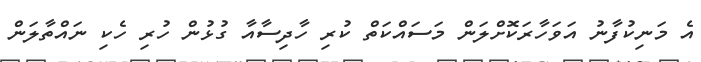
އެ މަނިކުފާނު އަވަހާރަކޮށްލަން މަސައްކަތް ކުރި ހާދިސާއާ ގުޅުން ހުރި ހެކި ނައްތާލަން